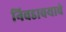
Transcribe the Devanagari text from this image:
निवडावयाचे